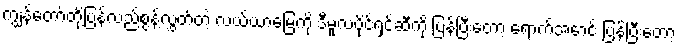
ကျွန်တော်တို့ပြန်လည်စွန့်လွှတ်တဲ့ လယ်ယာမြေကို ဒီမူလပိုင်ရှင်ဆီကို ပြန်ပြီးတော့ ရောက်အောင် ပြန်ပြီးတော့